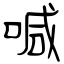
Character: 喊